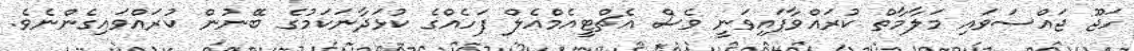
ހަޖޫ ޖައްސަވައި މަލާމާތް ކުރައްވާފައިވަނީ ވެސް އެޗްޓީއެމްއެލް ފަހެއްގެ ކުޅަދާނަކަމުގެ ބޭނުން ކުރައްވައިގެންނެވެ.